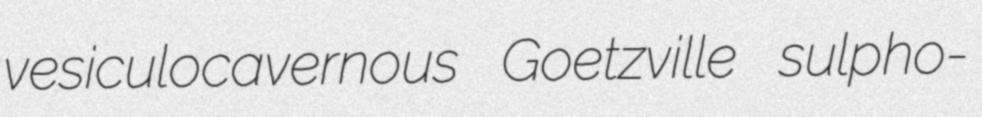
vesiculocavernous Goetzville sulpho-